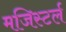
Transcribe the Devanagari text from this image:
मजिस्टर्ल